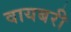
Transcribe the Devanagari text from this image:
वायबरी